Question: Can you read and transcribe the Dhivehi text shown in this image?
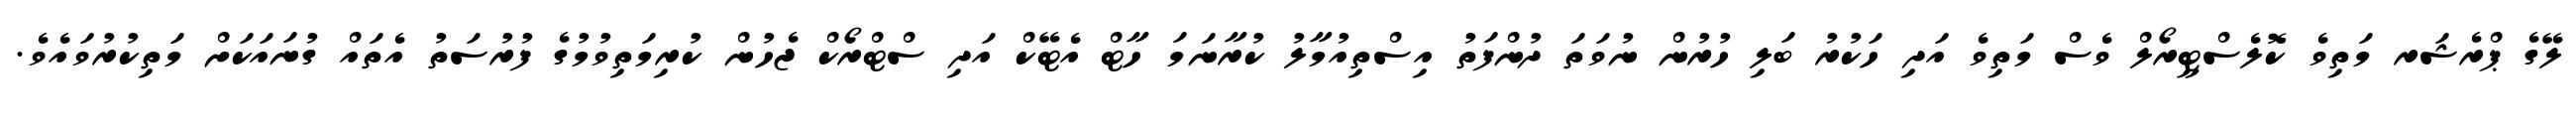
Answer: ލޭގެ ޕްރެޝަރ މަތިވެ ކޮލެސްޓީރޯލް ވެސް މަތިވެ އަދި ހަކުރު ބަލި ހުރުން ނުވަތަ ދުންފަތު އިސްތިއުމާލު ކުރާނަމަ ހާޓް އެޓޭކް އަދި ސްޓްރޯކް ޖެހުން ކުރިމަތިވުމުގެ ފުރުސަތު އެތައް ގުނައަކަށް މަތިކުރުވައެވެ.